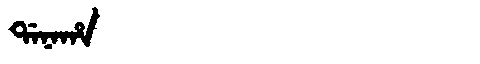
Manchu: ᡩᠠᠨᠠᡥᠠ
Romanization: DANAHA